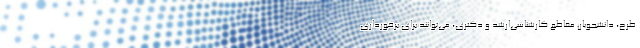
طرح، دانشجویان مقاطع کارشناسی‌ارشد و دکتری، می‌توانند برای برخورداری